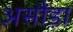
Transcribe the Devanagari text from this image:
असौड़ा